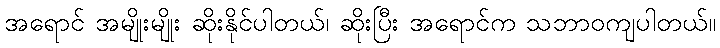
အရောင် အမျိုးမျိုး ဆိုးနိုင်ပါတယ်၊ ဆိုးပြီး အရောင်က သဘာဝကျပါတယ်။